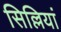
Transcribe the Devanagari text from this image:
सिल्लियां